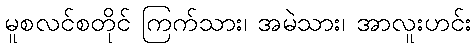
မူစလင်စတိုင် ကြက်သား၊ အမဲသား၊ အာလူးဟင်း